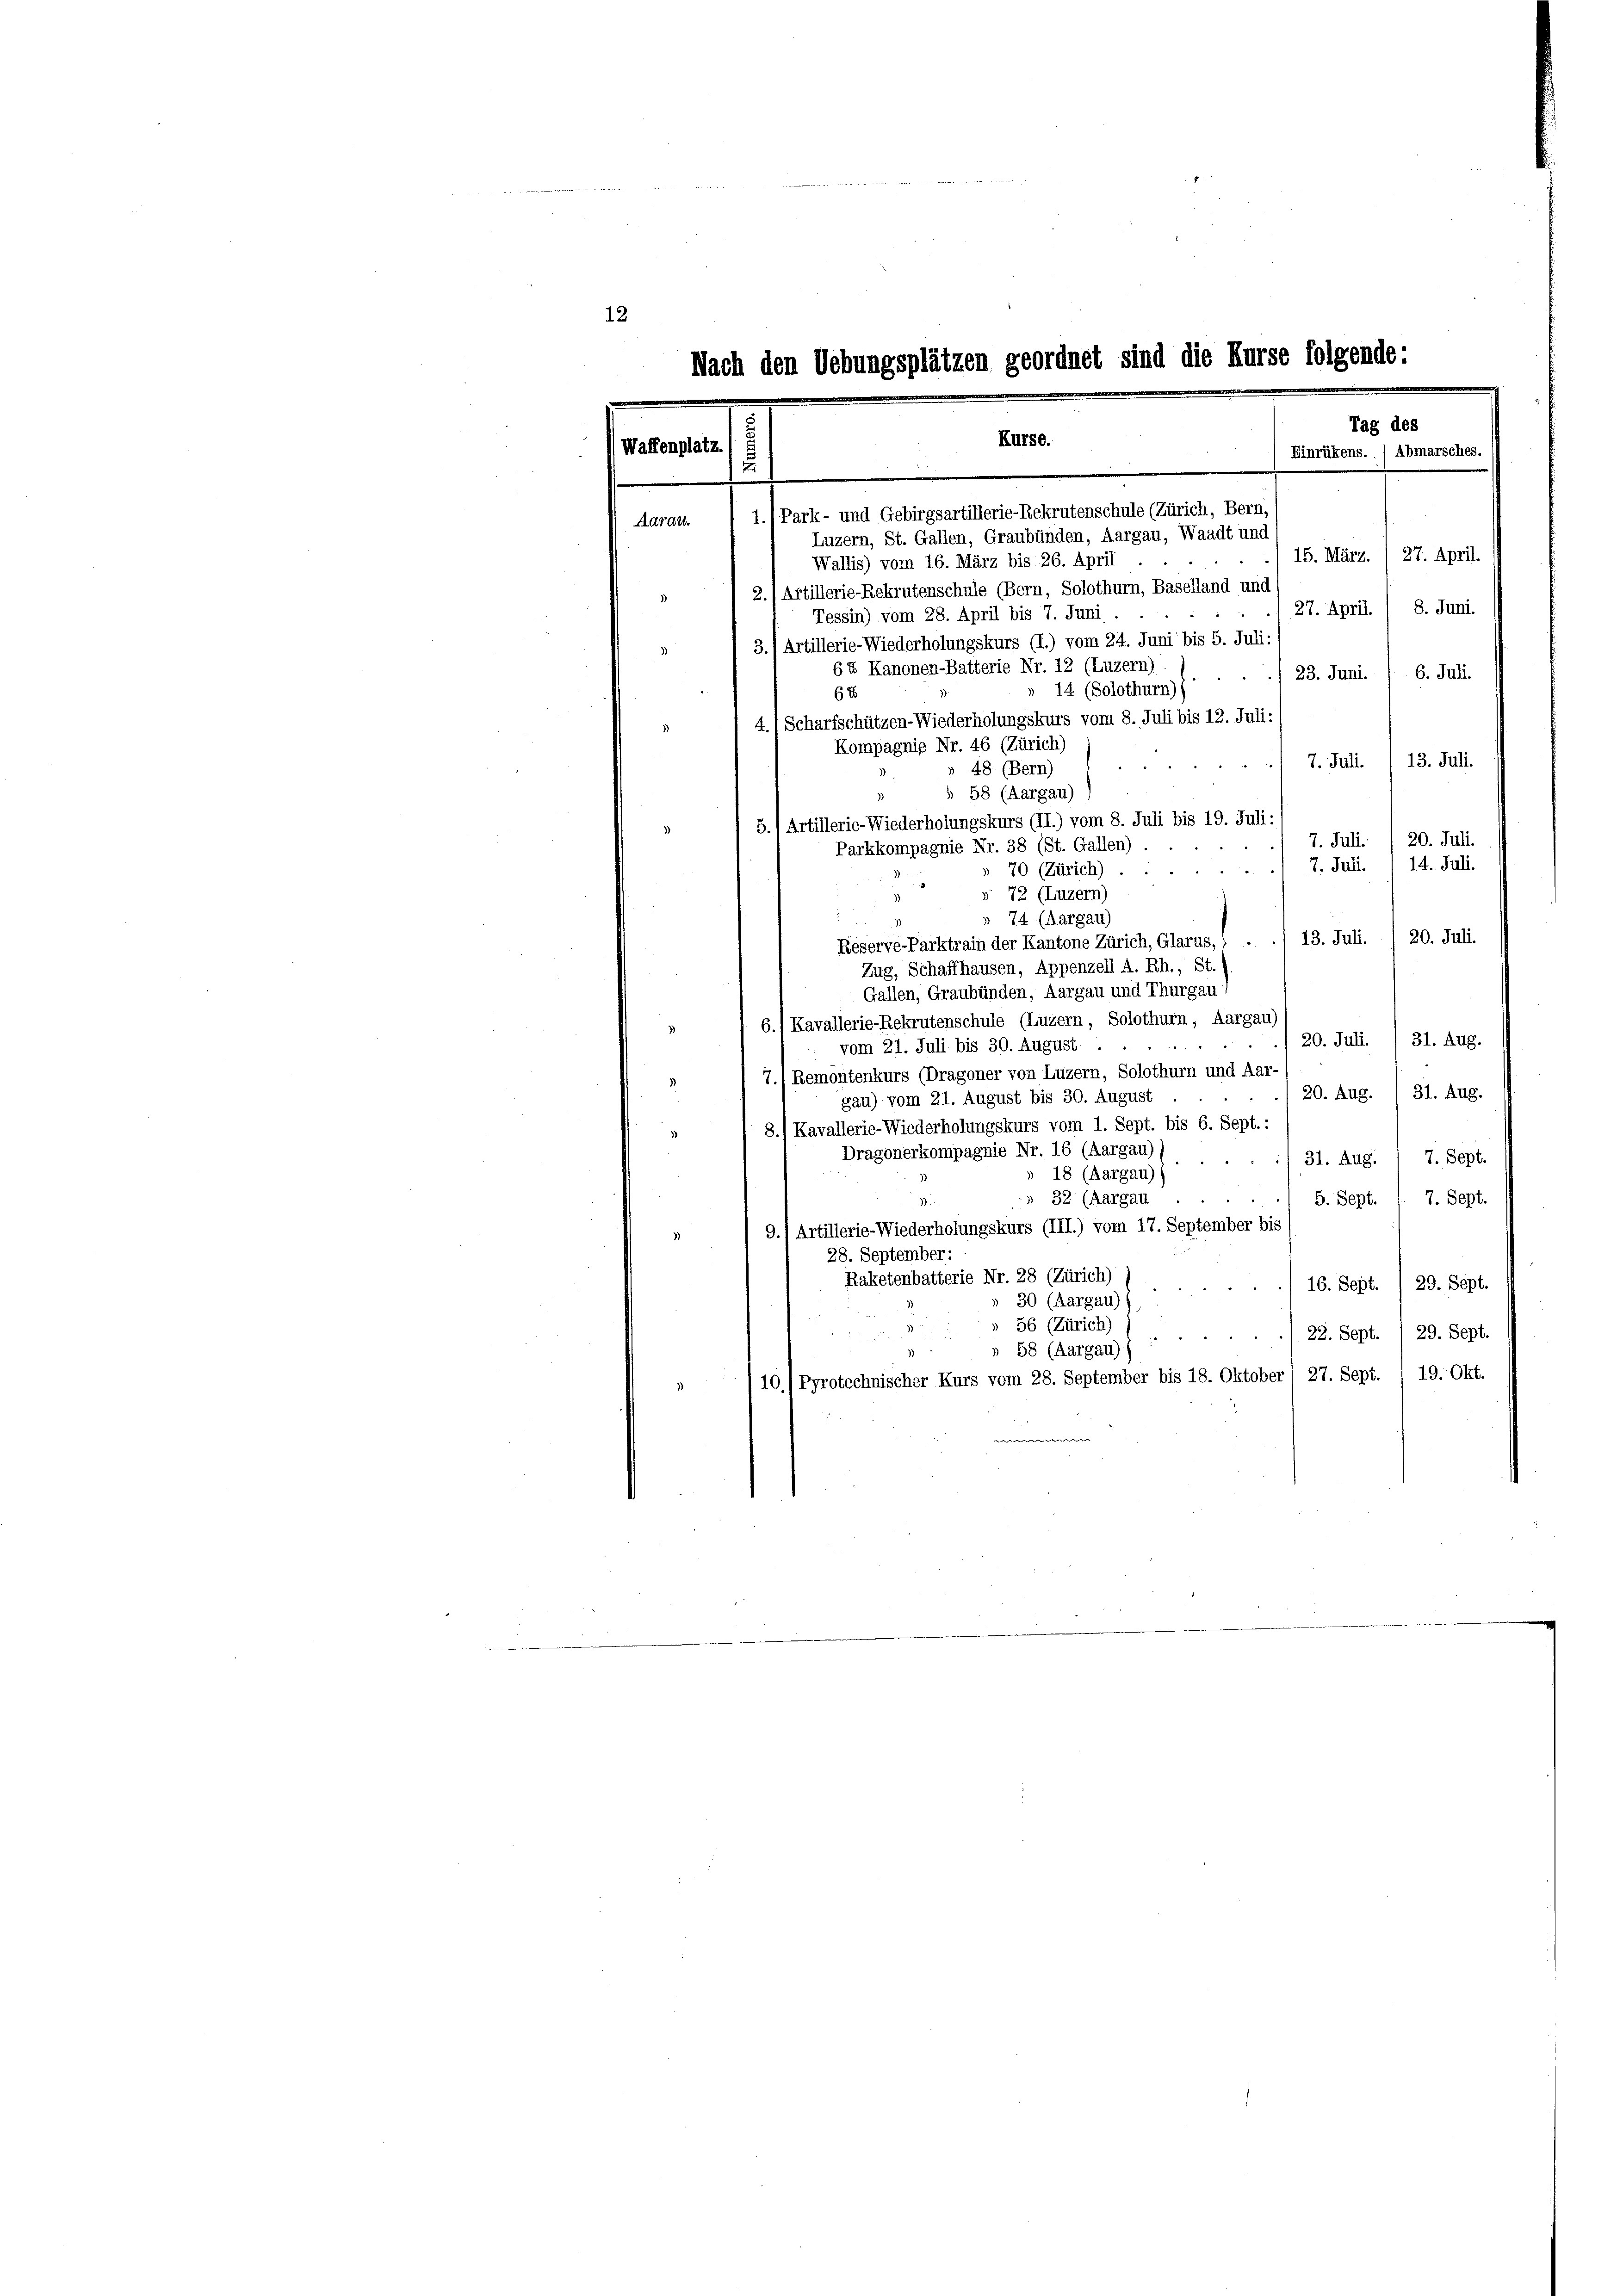
12.

14 (Solothurn))
6t
4.) Scharfschützen-Wiederholungskurs vom 8. Juli bis 12. Juli:
7. Juli 13. Juli.
20. Juli.
7. Juli.
14. Juli.
7. Juli.
» 70 (Zürich).
» 72 (Luzern)
74 (Aargau)
20. Juli.
Reserve-Parktrain der Kantone Zürich, Glarus, .. .. 13. Juli.
Zug, Schaffhausen, Appenzell A. Rh., St.
Gallen, Graubünden, Aargau und Thurgau,
6.) Kavallerie-Rekrutenschule (Luzern, Solothurn, Aargau)
20. Juli.
31. Aug.
vom 21. Juli bis 30. August
7./ Remontenkurs (Dragoner von Luzern, Solothurn und Aar-
.
31. Aug.
20. Aug.
gau) vom 21. August bis 30. August
8./ Kavallerie-Wiederholungskurs vom 1. Sept. bis 6. Sept. :
Dragonerkompagnie Nr. 16 (Aargau)) . .
/31. Aug. 1 7. Sept.
18 (Aargau))
» 32 (Aargau
5. Sept. /. 7. Sept.
9.1 Artillerie-Wiederholungskurs (III.) vom 17. September bis
28. September:
Raketenbatterie Nr. 28 (Zürich)
16. Sept. /29. Sept.
30 (Aargau) (
 56 (Zürich)
22. Sept. 1 29. Sept.
5.
 58 (Aargau))
10./ Pyrotechnischer Kurs vom 28. September bis 18. Oktober) 27. Sept. / 19. Okt.

Nach den Uebungsplätzen geordnet sind die Kurse folgende:
Tag des
Kürse.
Waffenplatz
Einrükens. / Abmarsches.
d
1.) Park- und Gebirgsartillerie-Rekrutenschule (Zürich, Bern.
Aarau.
Luzern, St. Gallen, Graubünden, Aargau, Waadt und
15. März. / 27. April.
Wallis) vom 16. März bis 26. April
2.) Artillerie-Rekrutenschule (Bern, Solothurn, Baselland und
27. April. / 8. Juni.
Tessin) vom 28. April bis 7. Juni.
3.) Artillerie-Wiederholungskurs (I.) vom 24. Juni bis 5. Juli:
3
64 Kanonen-Batterie Nr. 12 (Luzern)
23. Juni. / 6. Juli.

Kompagnie Nr. 46 (Zürich)
§ 58 (Aargau)
Parkkompagnie Nr. 38 (St. Gallen).

5.) Artillerie-Wiederholungskurs (II.) vom 8. Juli bis 19. Juli:

48 (Bern)